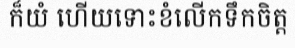
ក៏យំ ហើយទោះខំលើកទឹកចិត្ត